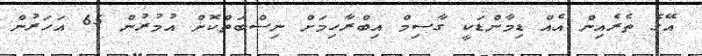
އޭގެ ތެރެއިން އެއް ޑިމާންޑަކީ ގާސިމް އިބްރާހިމަށް ނިސްބަތްކޮށް އުމުރުން 65 އަހަރުން